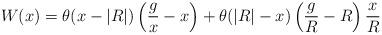
LaTeX: \begin{align*}W(x) = \theta(x-|R|)\left({g\over x} - x\right) +\theta(|R|-x)\left({g\over R}-R\right){x\over R}\end{align*}